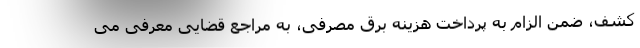
کشف، ضمن الزام به پرداخت هزینه برق مصرفی، به مراجع قضایی معرفی می